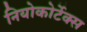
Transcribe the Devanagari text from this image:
नियोकोर्टेक्स